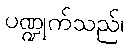
ပဏ္ဍုက်သည်၊